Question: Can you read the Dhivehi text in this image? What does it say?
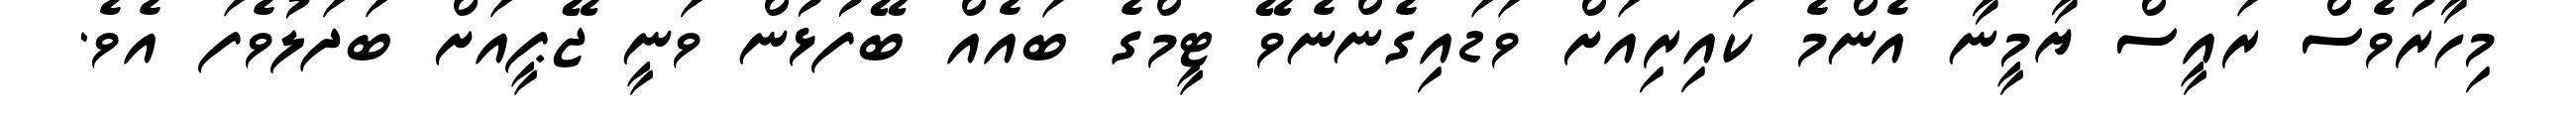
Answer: މިހާރުވެސް ރައީސް ޔާމީނާ އެންމެ ކައިރިއަށް ވަޑައިގެންނެވޭ ޓީމްގެ ބައެއް ބޭފުޅުން ވަނީ ޖޭޕީއަށް ބަދަލުވެފަ އެވެ.